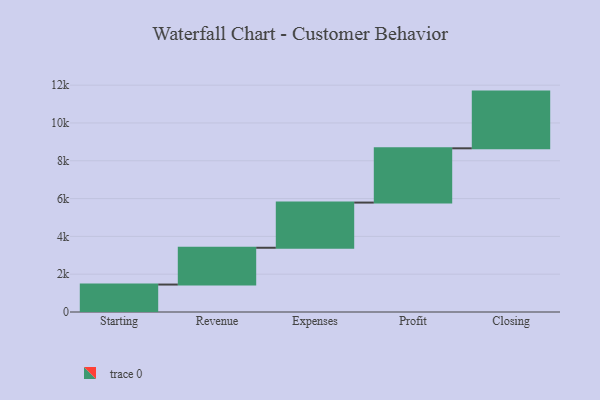
{"axis": {"x": "Step", "y": "Value"}, "legend": [""], "data": [{"x": "Starting", "y": 1452.0, "type": ""}, {"x": "Revenue", "y": 1946.0, "type": ""}, {"x": "Expenses", "y": 2390.0, "type": ""}, {"x": "Profit", "y": 2871.0, "type": ""}, {"x": "Closing", "y": 3000, "type": ""}]}